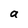
Character: a